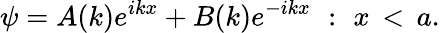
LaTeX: \psi=A(k)e^{ikx}+B(k)e^{-ikx}\, \, :\, \, x\, <\, a.